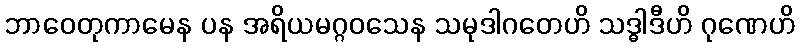
ဘာဝေတုကာမေန ပန အရိယမဂ္ဂဝသေန သမုဒါဂတေဟိ သဒ္ဓါဒီဟိ ဂုဏေဟိ